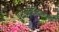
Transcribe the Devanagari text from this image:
पुस्तकनिर्मितीमागचा